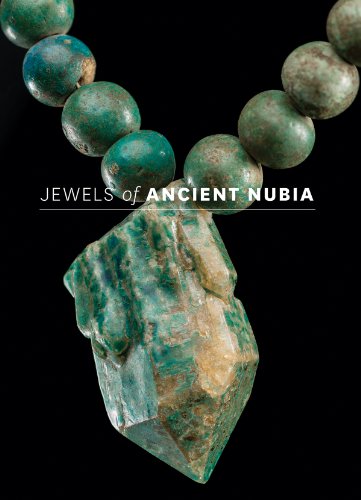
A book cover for Jewels of Ancient Nubia; Yvonne Markowitz; Arts & Photography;